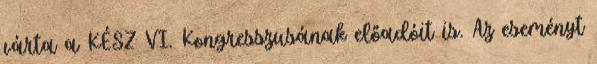
várta a KÉSZ VI. Kongresszusának előadóit is. Az eseményt